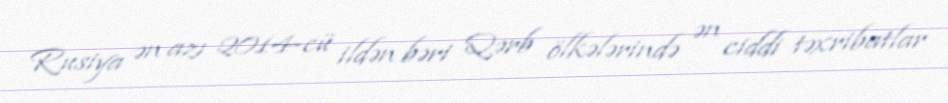
Rusiya ən azı 2014-cü ildən bəri Qərb ölkələrində ən ciddi təxribatlar